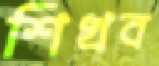
শিখব